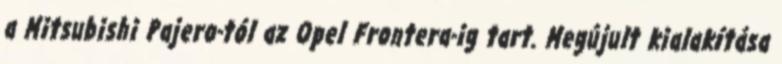
a Mitsubishi Pajero-tól az Opel Frontera-ig tart. Megújult kialakítása